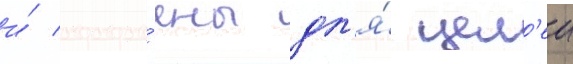
и́ постро́ены дл'я́ цел'еи